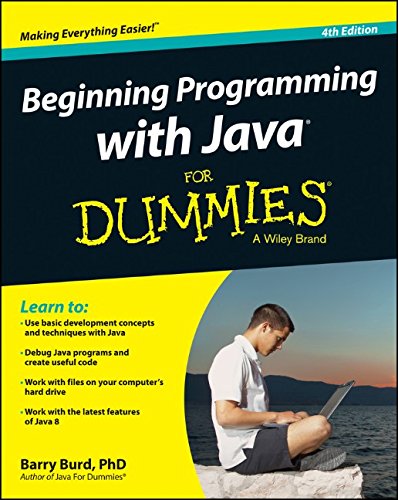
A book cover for Beginning Programming with Java For Dummies; Barry Burd; Computers & Technology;